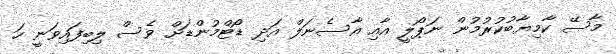
މާސޭ ކާމިޔާބުކުރުމުން ނަޕޯލީ އާއި އާސެނަލް އަދި ޑޯޓްމުންޑަށް ވެސް ލިބިފައިވަނީ ހަ